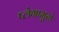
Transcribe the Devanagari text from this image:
प्लेगामुळे